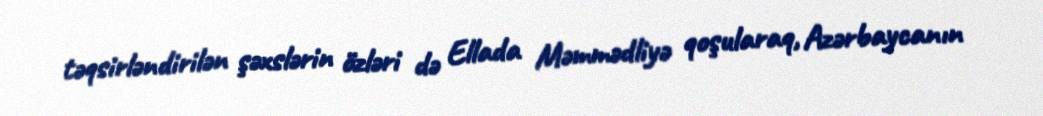
təqsirləndirilən şəxslərin özləri də Ellada Məmmədliyə qoşularaq, Azərbaycanın